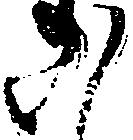
い